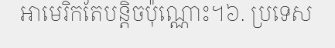
អាមេរិកតែបន្តិចប៉ុណ្ណោះ។៦. ប្រទេស